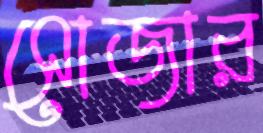
সোজার